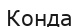
Конда